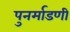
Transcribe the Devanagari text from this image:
पुनर्माडणी